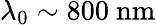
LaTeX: \lambda_{0}\sim 800\ \mathrm{nm}